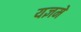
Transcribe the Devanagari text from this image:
यज्ञमे